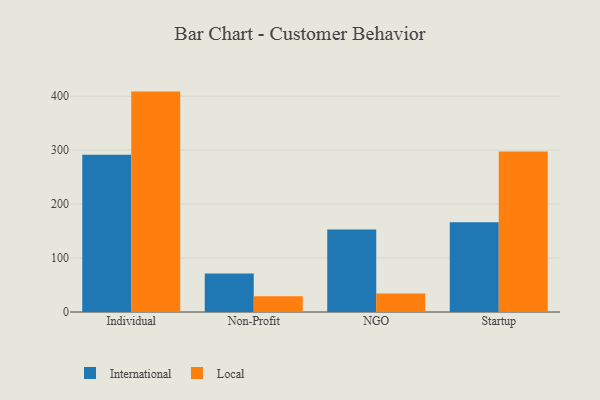
{"axis": {"x": "Segment", "y": "Latency (ms)"}, "legend": ["International", "Local"], "data": [{"x": "Individual", "y": 291.5, "type": "International"}, {"x": "Individual", "y": 408.5, "type": "Local"}, {"x": "Non-Profit", "y": 71.2, "type": "International"}, {"x": "Non-Profit", "y": 29.2, "type": "Local"}, {"x": "NGO", "y": 153.1, "type": "International"}, {"x": "NGO", "y": 34.5, "type": "Local"}, {"x": "Startup", "y": 166.3, "type": "International"}, {"x": "Startup", "y": 297.4, "type": "Local"}]}